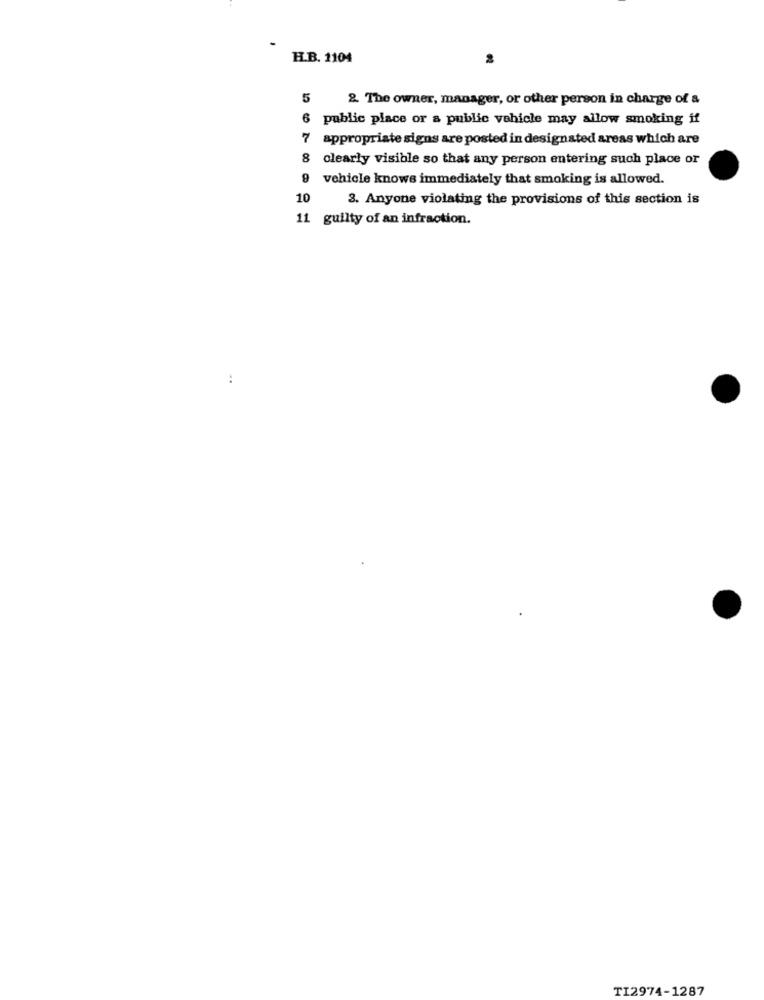
H.B. 1104
5
2. The owner, manager, or other person in charge of a
6
public place or a public vehicle may allow smoking if
7
appropriate signs are posted in designated areas which are
8 clearly visible so that any person entering such place or
9
vehicle knows immediately that smoking is allowed.
10
3. Anyone violating the provisions of this section is
11 guilty of an infraction.
..
TI2974-1287